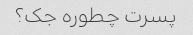
پسرت چطوره جک؟